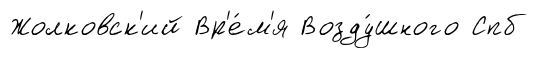
Жолковск'ий Вр'е́м'я Возду́шного Спб